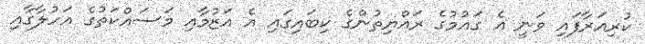
ކުރިއަރާފައި ވަނީ އެ ގައުމުގެ ރައްޔިތުންގެ ކިބައިގައި އެ އަޒުމާއި މަސައްކަތުގެ އަހުލާގާއި